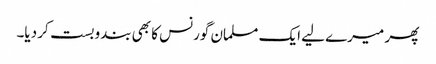
پھر میرے لیے ایک مسلمان گورنس کا بھی بندوبست کر دیا۔